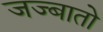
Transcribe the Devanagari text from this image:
जज्बातो